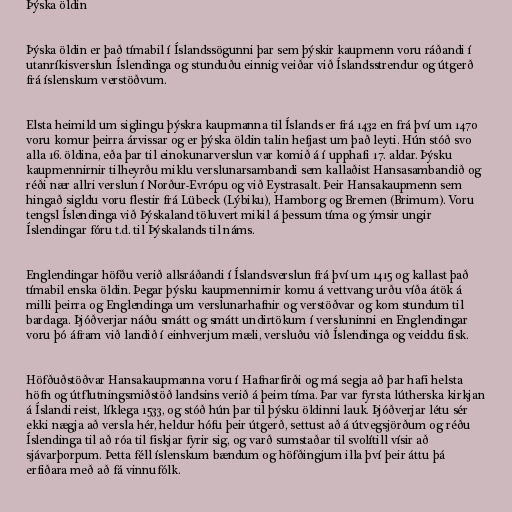
Þýska öldin

Þýska öldin er það tímabil í Íslandssögunni þar sem þýskir kaupmenn voru ráðandi í
utanríkisverslun Íslendinga og stunduðu einnig veiðar við Íslandsstrendur og útgerð
frá íslenskum verstöðvum.

Elsta heimild um siglingu þýskra kaupmanna til Íslands er frá 1432 en frá því um 1470
voru komur þeirra árvissar og er þýska öldin talin hefjast um það leyti. Hún stóð svo
alla 16. öldina, eða þar til einokunarverslun var komið á í upphafi 17. aldar. Þýsku
kaupmennirnir tilheyrðu miklu verslunarsambandi sem kallaðist Hansasambandið og
réði nær allri verslun í Norður-Evrópu og við Eystrasalt. Þeir Hansakaupmenn sem
hingað sigldu voru flestir frá Lübeck (Lýbiku), Hamborg og Bremen (Brimum). Voru
tengsl Íslendinga við Þýskaland töluvert mikil á þessum tíma og ýmsir ungir
Íslendingar fóru t.d. til Þýskalands til náms.

Englendingar höfðu verið allsráðandi í Íslandsverslun frá því um 1415 og kallast það
tímabil enska öldin. Þegar þýsku kaupmennirnir komu á vettvang urðu víða átök á
milli þeirra og Englendinga um verslunarhafnir og verstöðvar og kom stundum til
bardaga. Þjóðverjar náðu smátt og smátt undirtökum í versluninni en Englendingar
voru þó áfram við landið í einhverjum mæli, versluðu við Íslendinga og veiddu fisk.

Höfðuðstöðvar Hansakaupmanna voru í Hafnarfirði og má segja að þar hafi helsta
höfn og útflutningsmiðstöð landsins verið á þeim tíma. Þar var fyrsta lútherska kirkjan
á Íslandi reist, líklega 1533, og stóð hún þar til þýsku öldinni lauk. Þjóðverjar létu sér
ekki nægja að versla hér, heldur hófu þeir útgerð, settust að á útvegsjörðum og réðu
Íslendinga til að róa til fiskjar fyrir sig, og varð sumstaðar til svolítill vísir að
sjávarþorpum. Þetta féll íslenskum bændum og höfðingjum illa því þeir áttu þá
erfiðara með að fá vinnufólk.